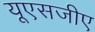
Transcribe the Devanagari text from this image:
यूएसजीए